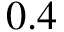
0 . 4